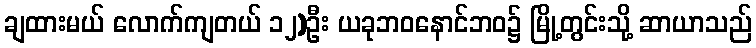
ချထားမယ် လောက်ကျတယ် ၁၂)ဦး ယခုဘဝနောင်ဘဝ၌ မြို့တွင်းသို့ ဆာယာသည်